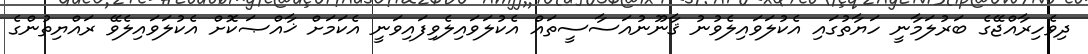
ދިވެހިރާއްޖޭގެ ބަރުލަމާނީ ހަޔާތުގައި އެކުލަވައިލެވުނު ޤާނޫނުއަސާސީތައް އެކުލަވައިލެވިފައިވަނީ އެކަމަށް ޚާއްޞަކޮށް އެކުލަވައިލެވޭ ރައްޔިތުންގެ